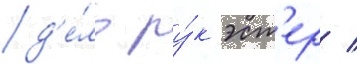
д'е́ло ру́к эст'ер /